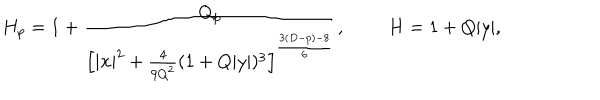
H _ { p } = 1 + { \frac { Q _ { p } } { \left[ | { \bf x } | ^ { 2 } + { \frac { 4 } { 9 Q ^ { 2 } } } ( 1 + Q | y | ) ^ { 3 } \right] ^ { \frac { 3 ( D - p ) - 8 } { 6 } } } } , \ H = 1 + Q | y | ,